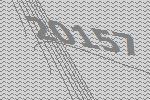
20157